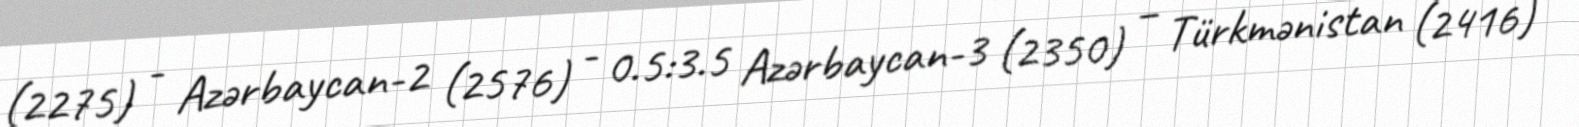
(2275) - Azərbaycan-2 (2576) - 0.5:3.5 Azərbaycan-3 (2350) – Türkmənistan (2416)